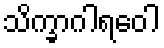
သိက္ခာဂါရဝေါ